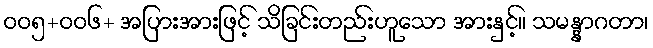
ဝဝ၅+ဝဝ၆+ အပြားအားဖြင့် သိခြင်းတည်းဟူသော အားနှင့်။ သမန္နာဂတာ၊